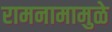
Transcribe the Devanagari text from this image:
रामनामामुळे